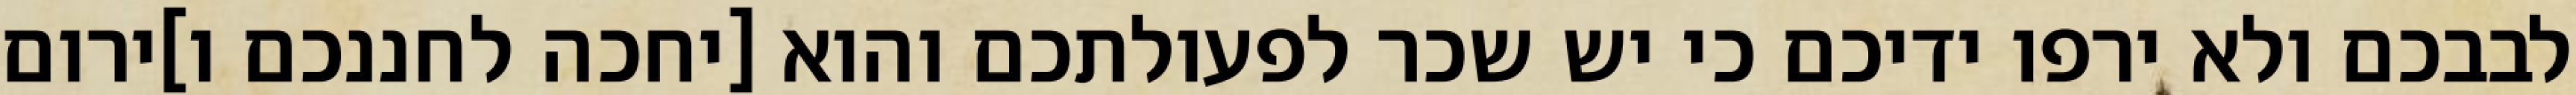
לבבכם ולא ירפו ידיכם כי יש שכר לפעולתכם והוא [יחכה לחננכם ו]ירום